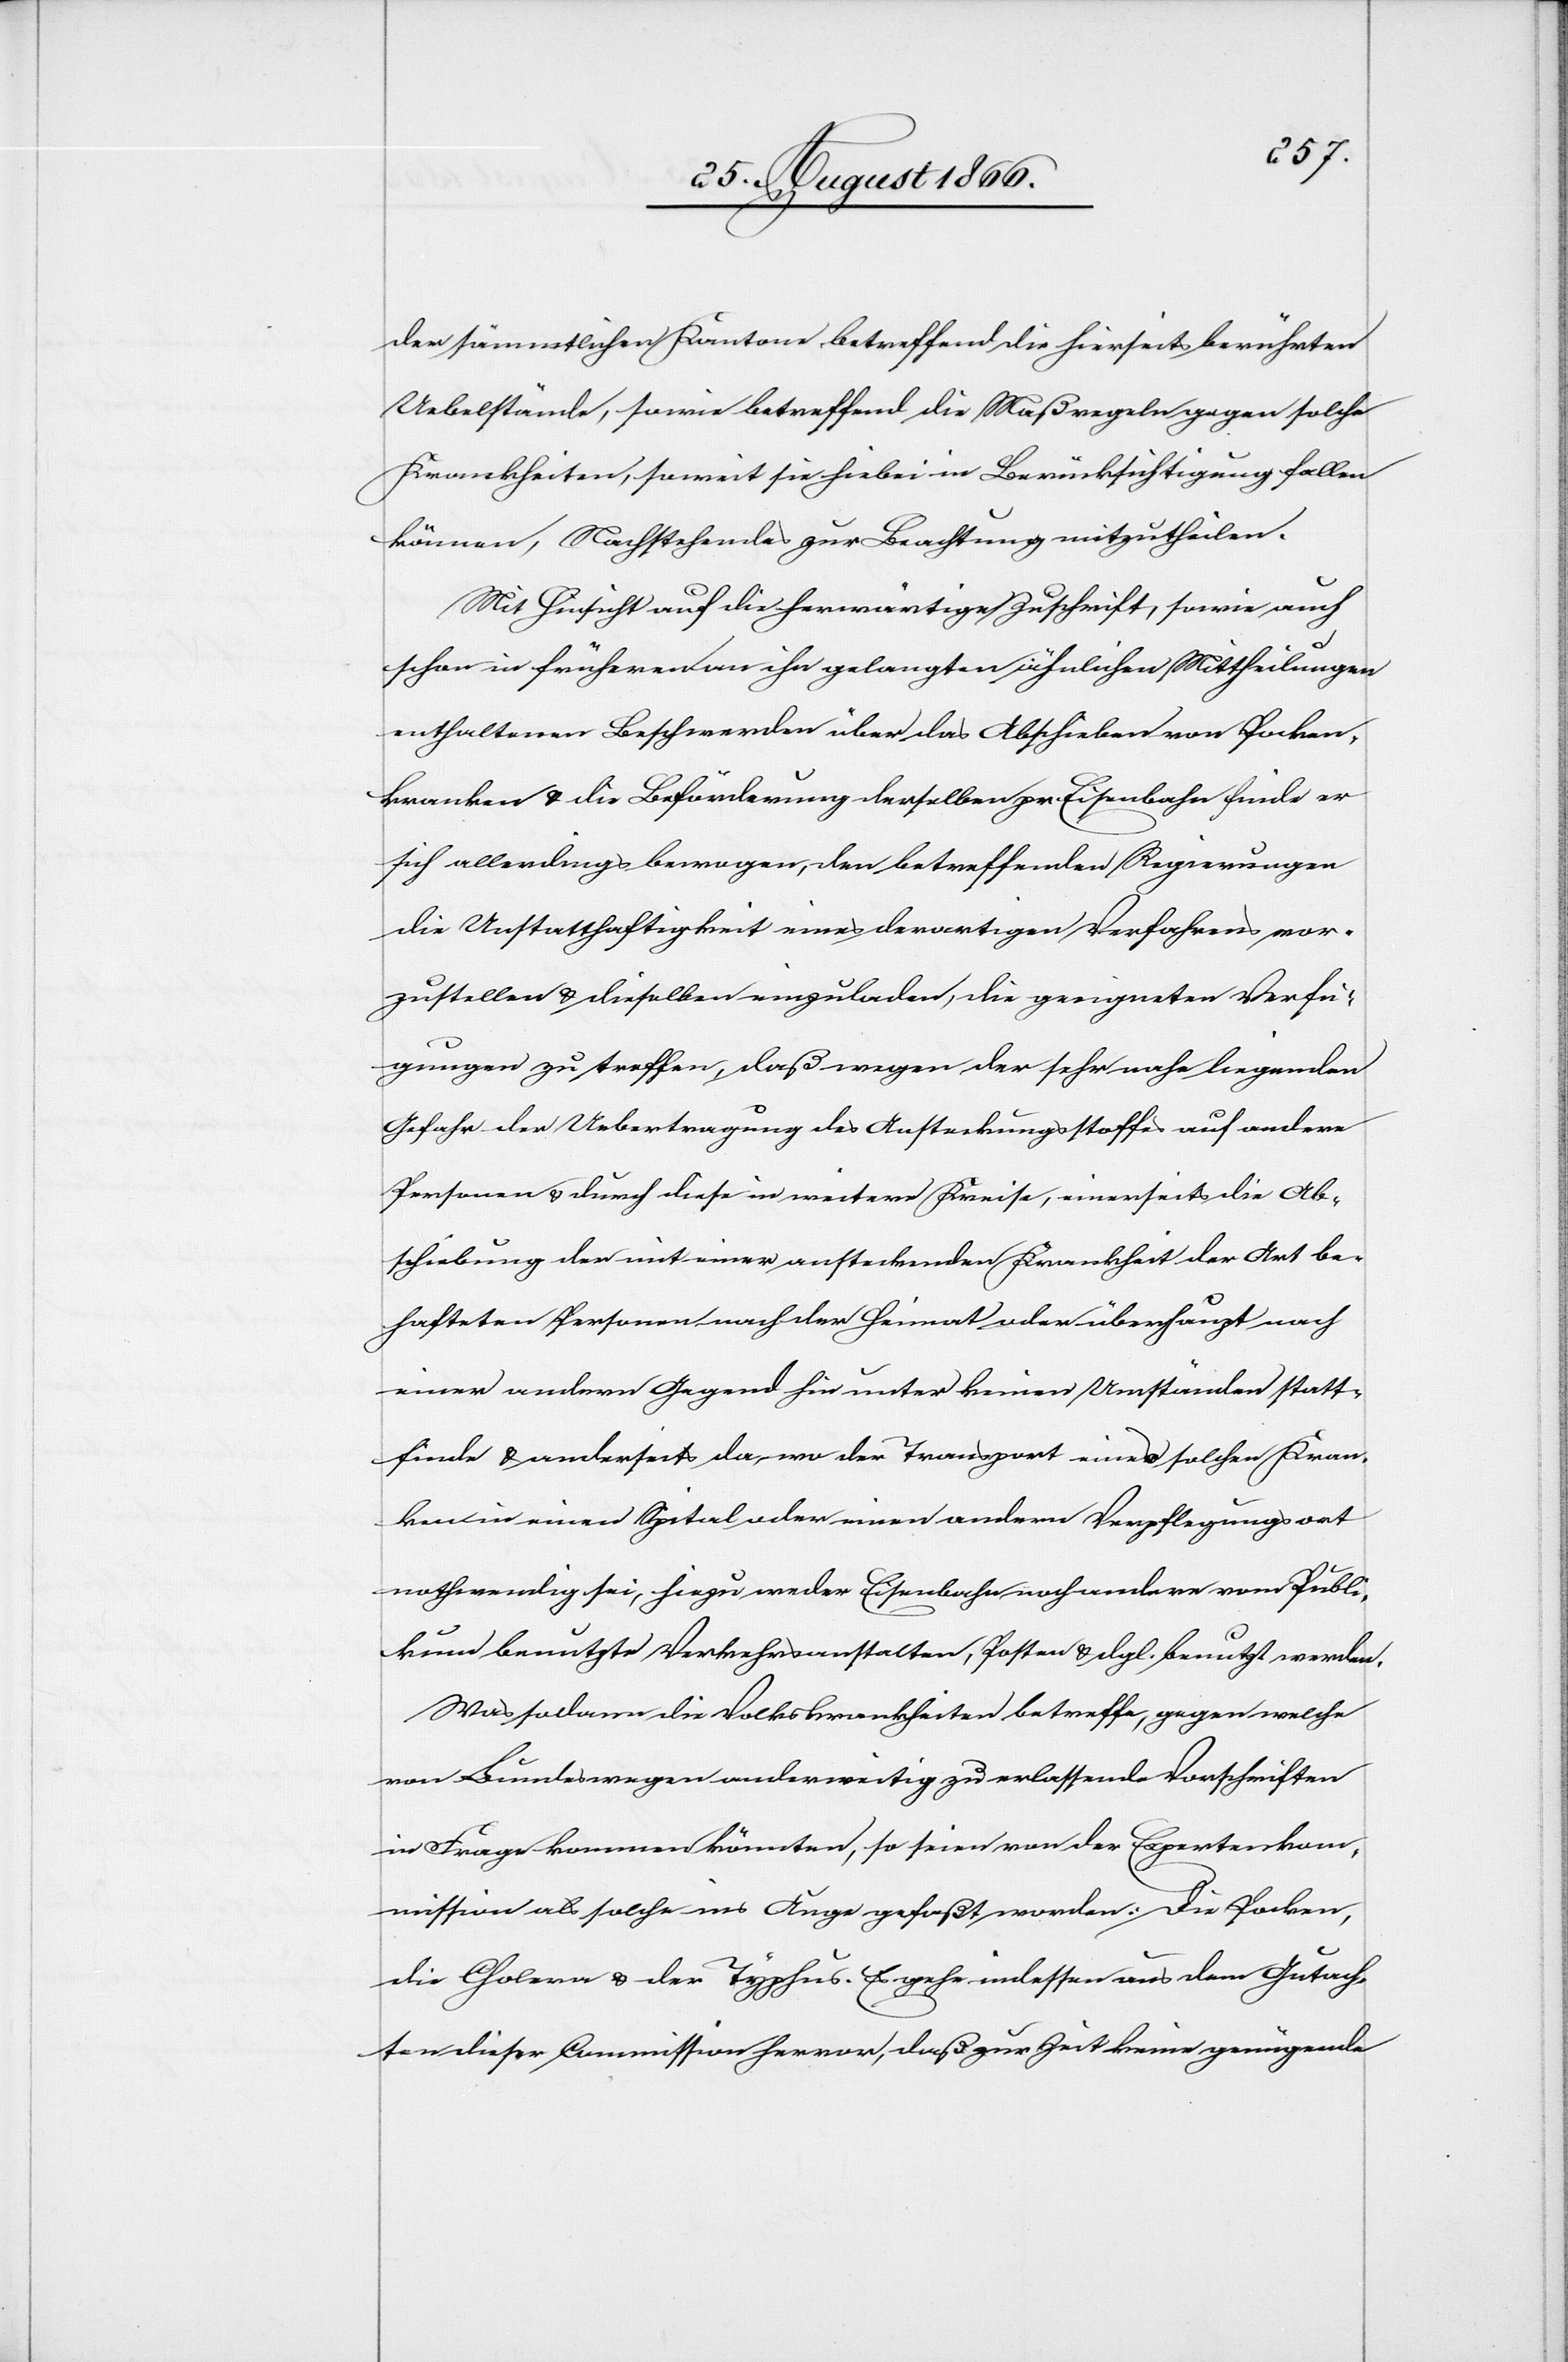
der sämmtlichen Kantone betreffend die hierseits berührten
Uebelstände, sowie betreffend die Maßregeln gegen solche
Krankheiten, soweit sie hiebei in Berücksichtigung fallen
können, Nachstehendes zur Beachtung mitzutheilen.
Mit Hinsicht auf die herwärtige Zuschrift, sowie auf
schon in früheren an ihn gelangten ähnlichen Mittheilungen
enthaltenen Beschwerden über das Abschieben von Pocken¬
kranken u. die Beförderung derselben pr. Eisenbahn finde er
sich allerdings bewogen, den betreffenden Regierungen
die Unstatthaftigkeit eines derartigen Verfahrens vor¬
zustellen u. dieselben einzuladen, die geeigneten Verfü¬
gungen zu treffen, daß wegen der sehr nahe liegenden
Gefahr der Uebertragung des Ansteckungsstoffes auf andere
Personen u. durch diese in weitere Kreise, einerseits die Ab¬
schiebung der mit einer ansteckenden Krankheit der Art be¬
hafteten Personen nach der Heimat oder überhaupt nach
einer andern Gegend hin unter keinen Umständen statt¬
finde u. anderseits da, wo der Transport eines solchen Kran¬
ken in einen Spital oder einen andern Verpflegungsort
nothwendig sei, hiezu weder Eisenbahn noch andere vom Publi¬
kum benutzte Verkehrsanstalten, Posten u. dgl. benutzt werden.
Was sodann die Volkskrankheiten betreffe, gegen welche
von Bundeswegen anderweitig zu erlassende Vorschriften
in Frage kommen könnten, so seien von der Expertenkom¬
mission als solche ins Auge gefaßt worden: die Pocken,
die Cholera u. der Typhus. Es gehe indessen aus dem Gutach¬
ten dieser Commission hervor, daß zur Zeit keine genügende